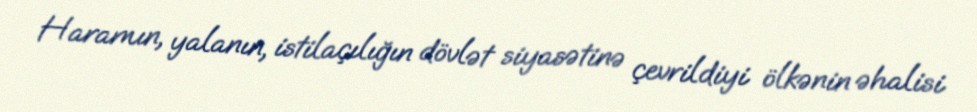
Haramın, yalanın, istilaçılığın dövlət siyasətinə çevrildiyi ölkənin əhalisi